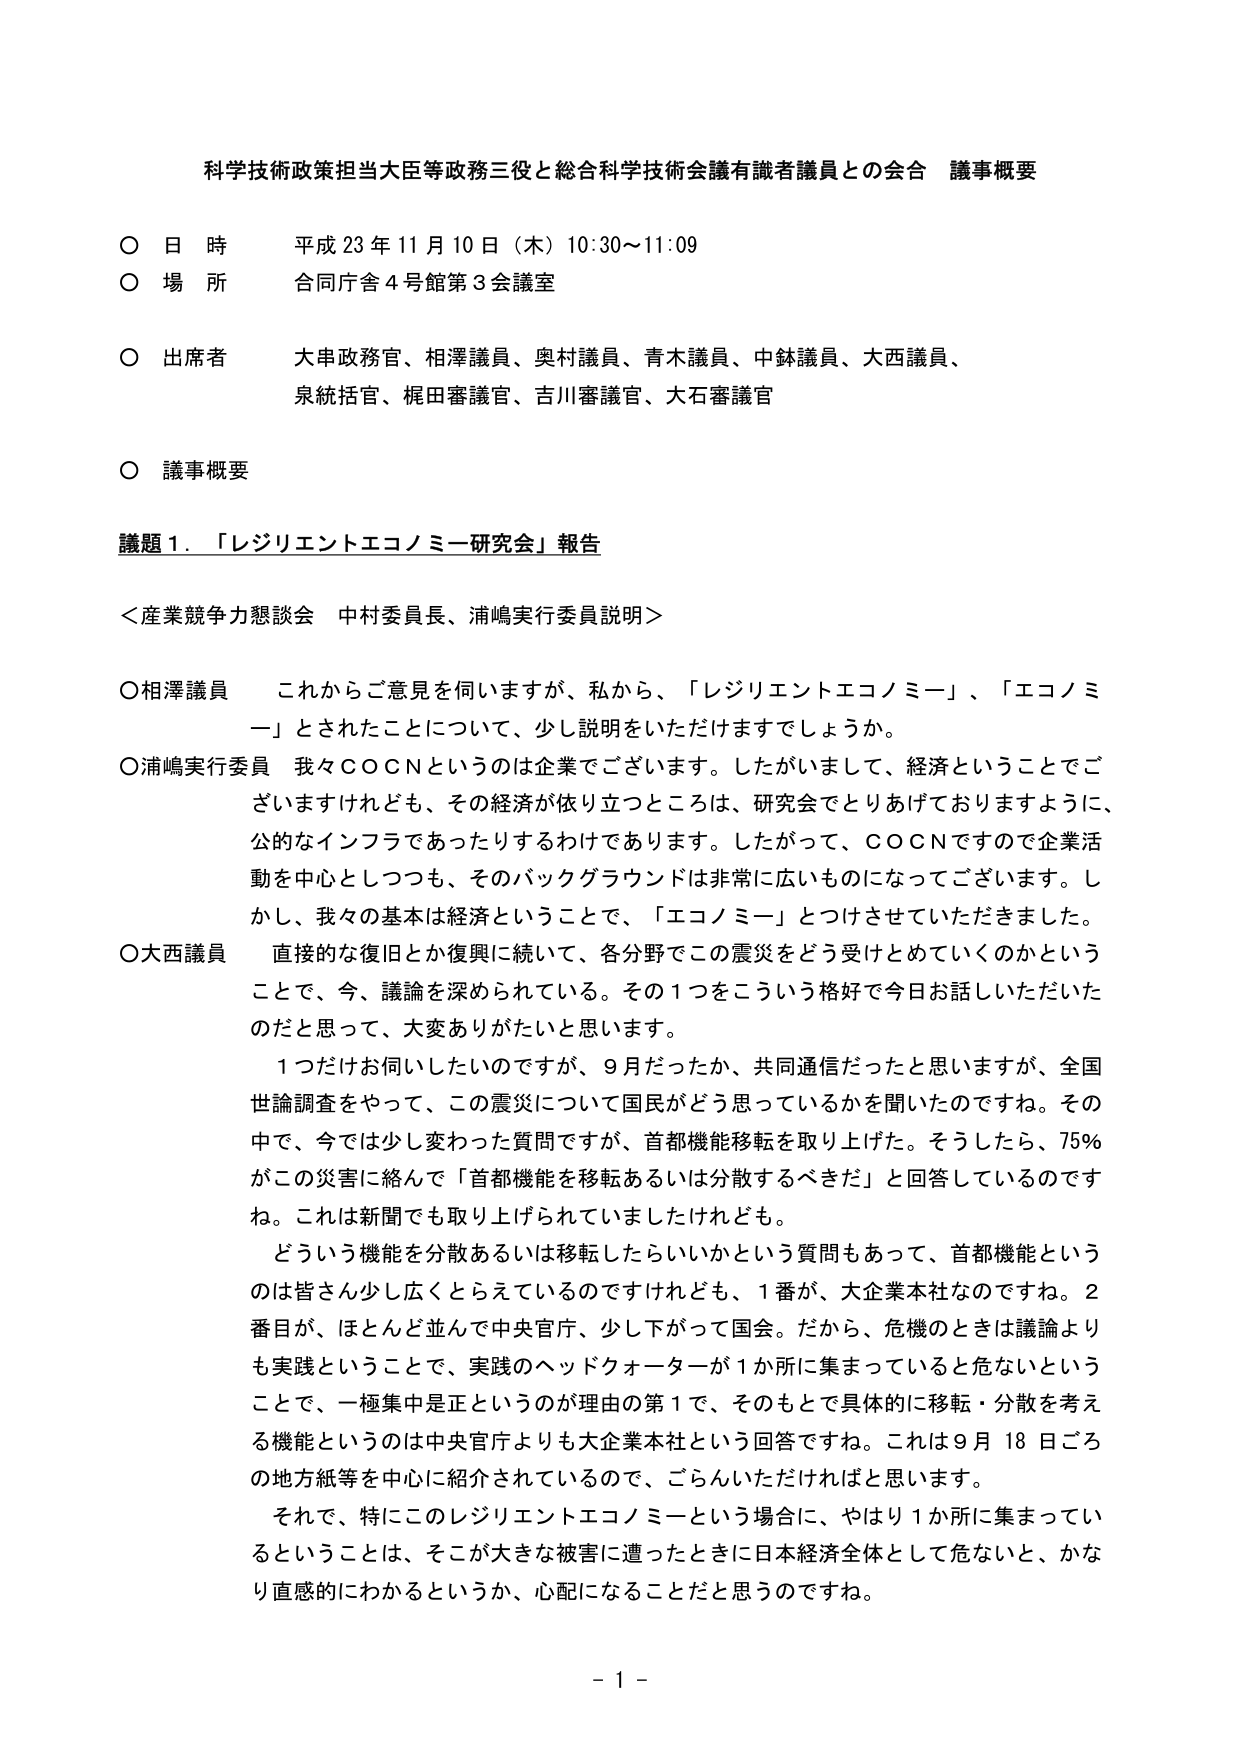
科学技術政策担当大臣等政務三役と総合科学技術会議有識者議員との会合 議事概要

○ 日 時 平成 23 年 11 月 10 日（木）10:30～11:09
○ 場 所 合同庁舎 4 号館第 3 会議室
○ 出席者 大串政務官、相澤議員、奥村議員、青木議員、中鉢議員、大西議員、
泉統括官、梶田審議官、吉川審議官、大石審議官

○ 議事概要

議題 1．「レジリエントエコノミー研究会」報告

＜産業競争力懇談会 中村委員長、浦嶋実行委員説明＞

○相澤議員 これからご意見を伺いますが、私から、「レジリエントエコノミー」、「エコノミー」とされたことについて、少し説明をいただけますでしょうか。

○浦嶋実行委員 我々ＣＯＣＮというのは企業でございます。したがいまして、経済ということでございますけれども、その経済が依り立つところは、研究会でとりあげておりますように、公的なインフラであったりするわけであります。したがって、ＣＯＣＮですので企業活動を中心としつつも、そのバックグラウンドは非常に広いものになってございます。しかし、我々の基本は経済ということで、「エコノミー」とつけさせていただきました。

○大西議員 直接的な復旧とか復興に続いて、各分野でこの震災をどう受けとめていくのかということで、今、議論を深められている。その１つをこういう格好で今日お話しいただいたのだと思って、大変ありがたいと思います。

　１つだけお伺いしたいのですが、９月だったか、共同通信だったと思いますが、全国世論調査をやって、この震災について国民がどう思っているかを聞いたのですね。その中で、今では少し変わった質問ですが、首都機能移転を取り上げた。そうしたら、75％がこの災害に絡んで「首都機能を移転あるいは分散するべきだ」と回答しているのですね。これは新聞でも取り上げられていましたけれども。

　どういう機能を分散あるいは移転したらいいかという質問もあって、首都機能というのは皆さん少しぐらっとらえているのですけれども、１番が、大企業本社なのですね。２番目が、ほとんど並んで中央官庁、少し下がって国会。だから、危機のときは議論よりも実践ということで、実践のヘッドクォーターが１か所に集まっていると危ないということで、一極集中は正というのが理由の第１で、そのもとで具体的に移転・分散を考える機能というのは中央官庁よりも大企業本社という回答ですね。これは９月 18 日ごろの地方紙等を中心に紹介されているので、ごらんいただければと思います。

　それで、特にこのレジリエントエコノミーという場合に、やはり１か所に集まっているということは、そこが大きな被害に遭ったときに日本経済全体として危ないと、かなり直感的にわかるというか、心配になることだと思うのですね。

－ 1 －